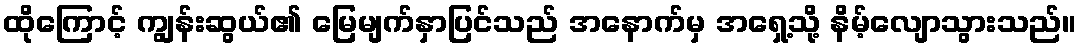
ထိုကြောင့် ကျွန်းဆွယ်၏ မြေမျက်နှာပြင်သည် အနောက်မှ အရှေ့သို့ နိမ့်လျောသွားသည်။